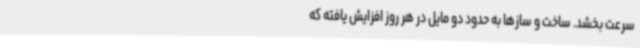
سرعت بخشد. ساخت و سازها به حدود دو مایل در هر روز افزایش یافته که